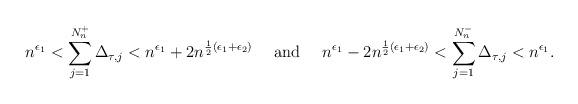
LaTeX: \begin{align*}n^{\epsilon_1} < \sum_{j=1}^{N_n^+} \Delta_{\tau,j} < n^{\epsilon_1} + 2n^{\frac{1}{2}(\epsilon_1 + \epsilon_2)} ~~~\mbox{ and }~~~n^{\epsilon_1} - 2n^{\frac{1}{2}(\epsilon_1 + \epsilon_2)} < \sum_{j=1}^{N_n^-} \Delta_{\tau,j} < n^{\epsilon_1}.\end{align*}